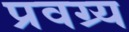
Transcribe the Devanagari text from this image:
प्रवग्र्य